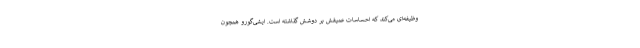
وظیفه‌ای می‌کند که احساسات عمیقش بر دوشش گذاشته است. ایشی‌گورو همچون